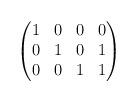
LaTeX: \begin{align*}\begin{pmatrix}1&0&0&0\\0&1&0&1\\0&0&1&1\\\end{pmatrix}\end{align*}